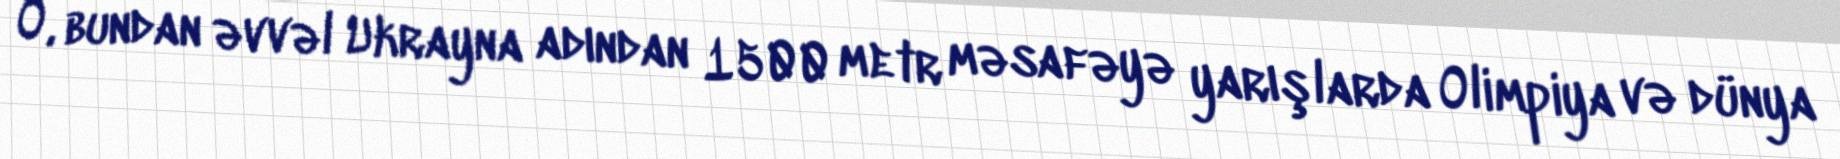
O, bundan əvvəl Ukrayna adından 1500 metr məsafəyə yarışlarda Olimpiya və dünya